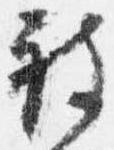
被